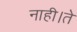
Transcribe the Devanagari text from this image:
नाही।ते